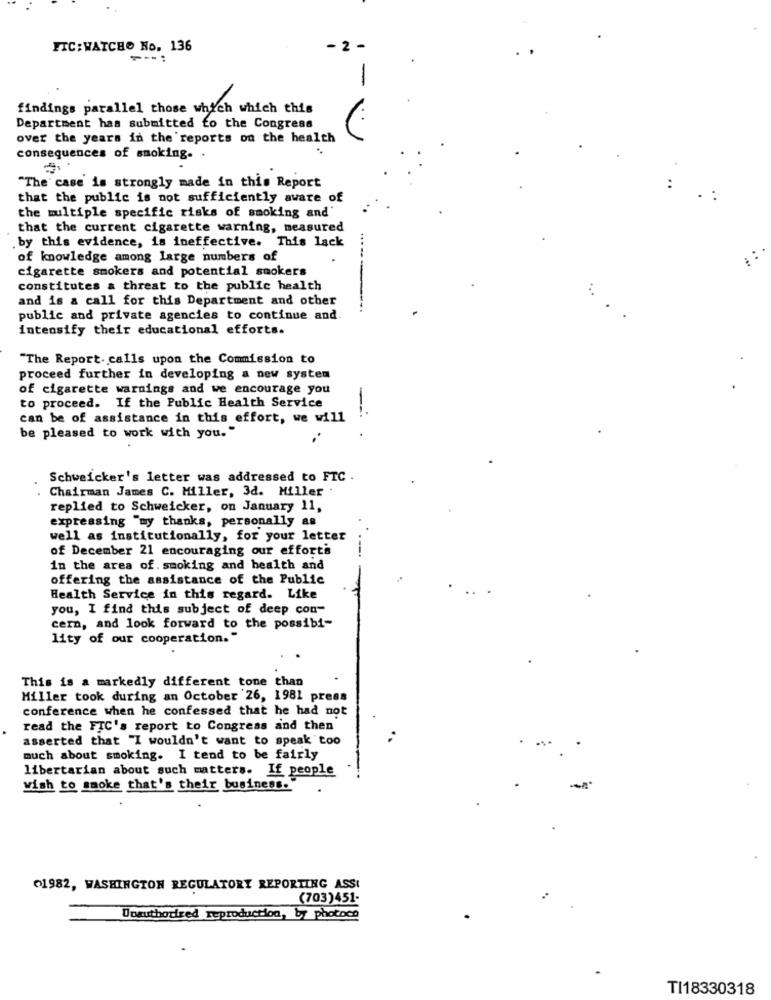
FTC: WATCH. No. 136
---:
findings parallel those which which this
Department has submitted to the Congress
over the years in the reports on the health
consequences of smoking. .
"The case is strongly made in this Report
that the public is not sufficiently aware of
the multiple specific risks of smoking and'
that the current cigarette warning, measured
. by this evidence, is ineffective. This lack
of knowledge among large numbers of
cigarette smokers and potential smokers
constitutes a threat to the public health
and is a call for this Department and other
public and private agencies to continue and
intensify their educational efforts.
"The Report. calls upon the Commission to
proceed further in developing a new system
of cigarette warnings and we encourage you
to proceed. If the Public Health Service
can be of assistance in this effort, we will
-
be pleased to work with you."
Schweicker's letter was addressed to FTC .
. Chairman James C. Miller, 3d. Miller .
replied to Schweicker, on January 11,
expressing "my thanks, personally as
well as institutionally, for your letter
of December 21 encouraging our efforti
in the area of. smoking and health and
offering the assistance of the Public
Health Service in this regard. Like
you, I find this subject of deep con-
cern, and look forward to the possibi-
lity of our cooperation.
This is a markedly different tone than
Miller took during an October 26, 1981 press
conference when he confessed that he had not
read the FTC's report to Congress and then
asserted that "I wouldn't want to speak too
.
-s
much about smoking. I tend to be fairly
libertarian about such matters. If people
wish to smoke that's their business.'
01982, WASHINGTON REGULATORY REPORTING ASSI
(703)451-
Unauthorized reproduction, by photoco
TI18330318